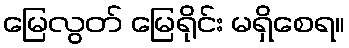
မြေလွတ် မြေရိုင်း မရှိစေရ။